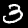
Digit: 3